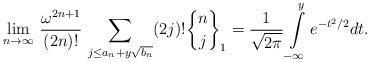
LaTeX: \begin{align*} \lim_{n\to\infty} \, \frac{\omega^{2n+1}}{(2n)!} \, \sum_{j\leq a_n + y\sqrt{b_n}} (2j)! {n\brace j}_1 =\frac{1}{\sqrt{2\pi}} \int\limits_{-\infty}^y e^{-t^2/2} dt.\end{align*}